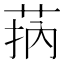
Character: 𦮾